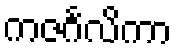
ကဇင်္ဂလိကာ